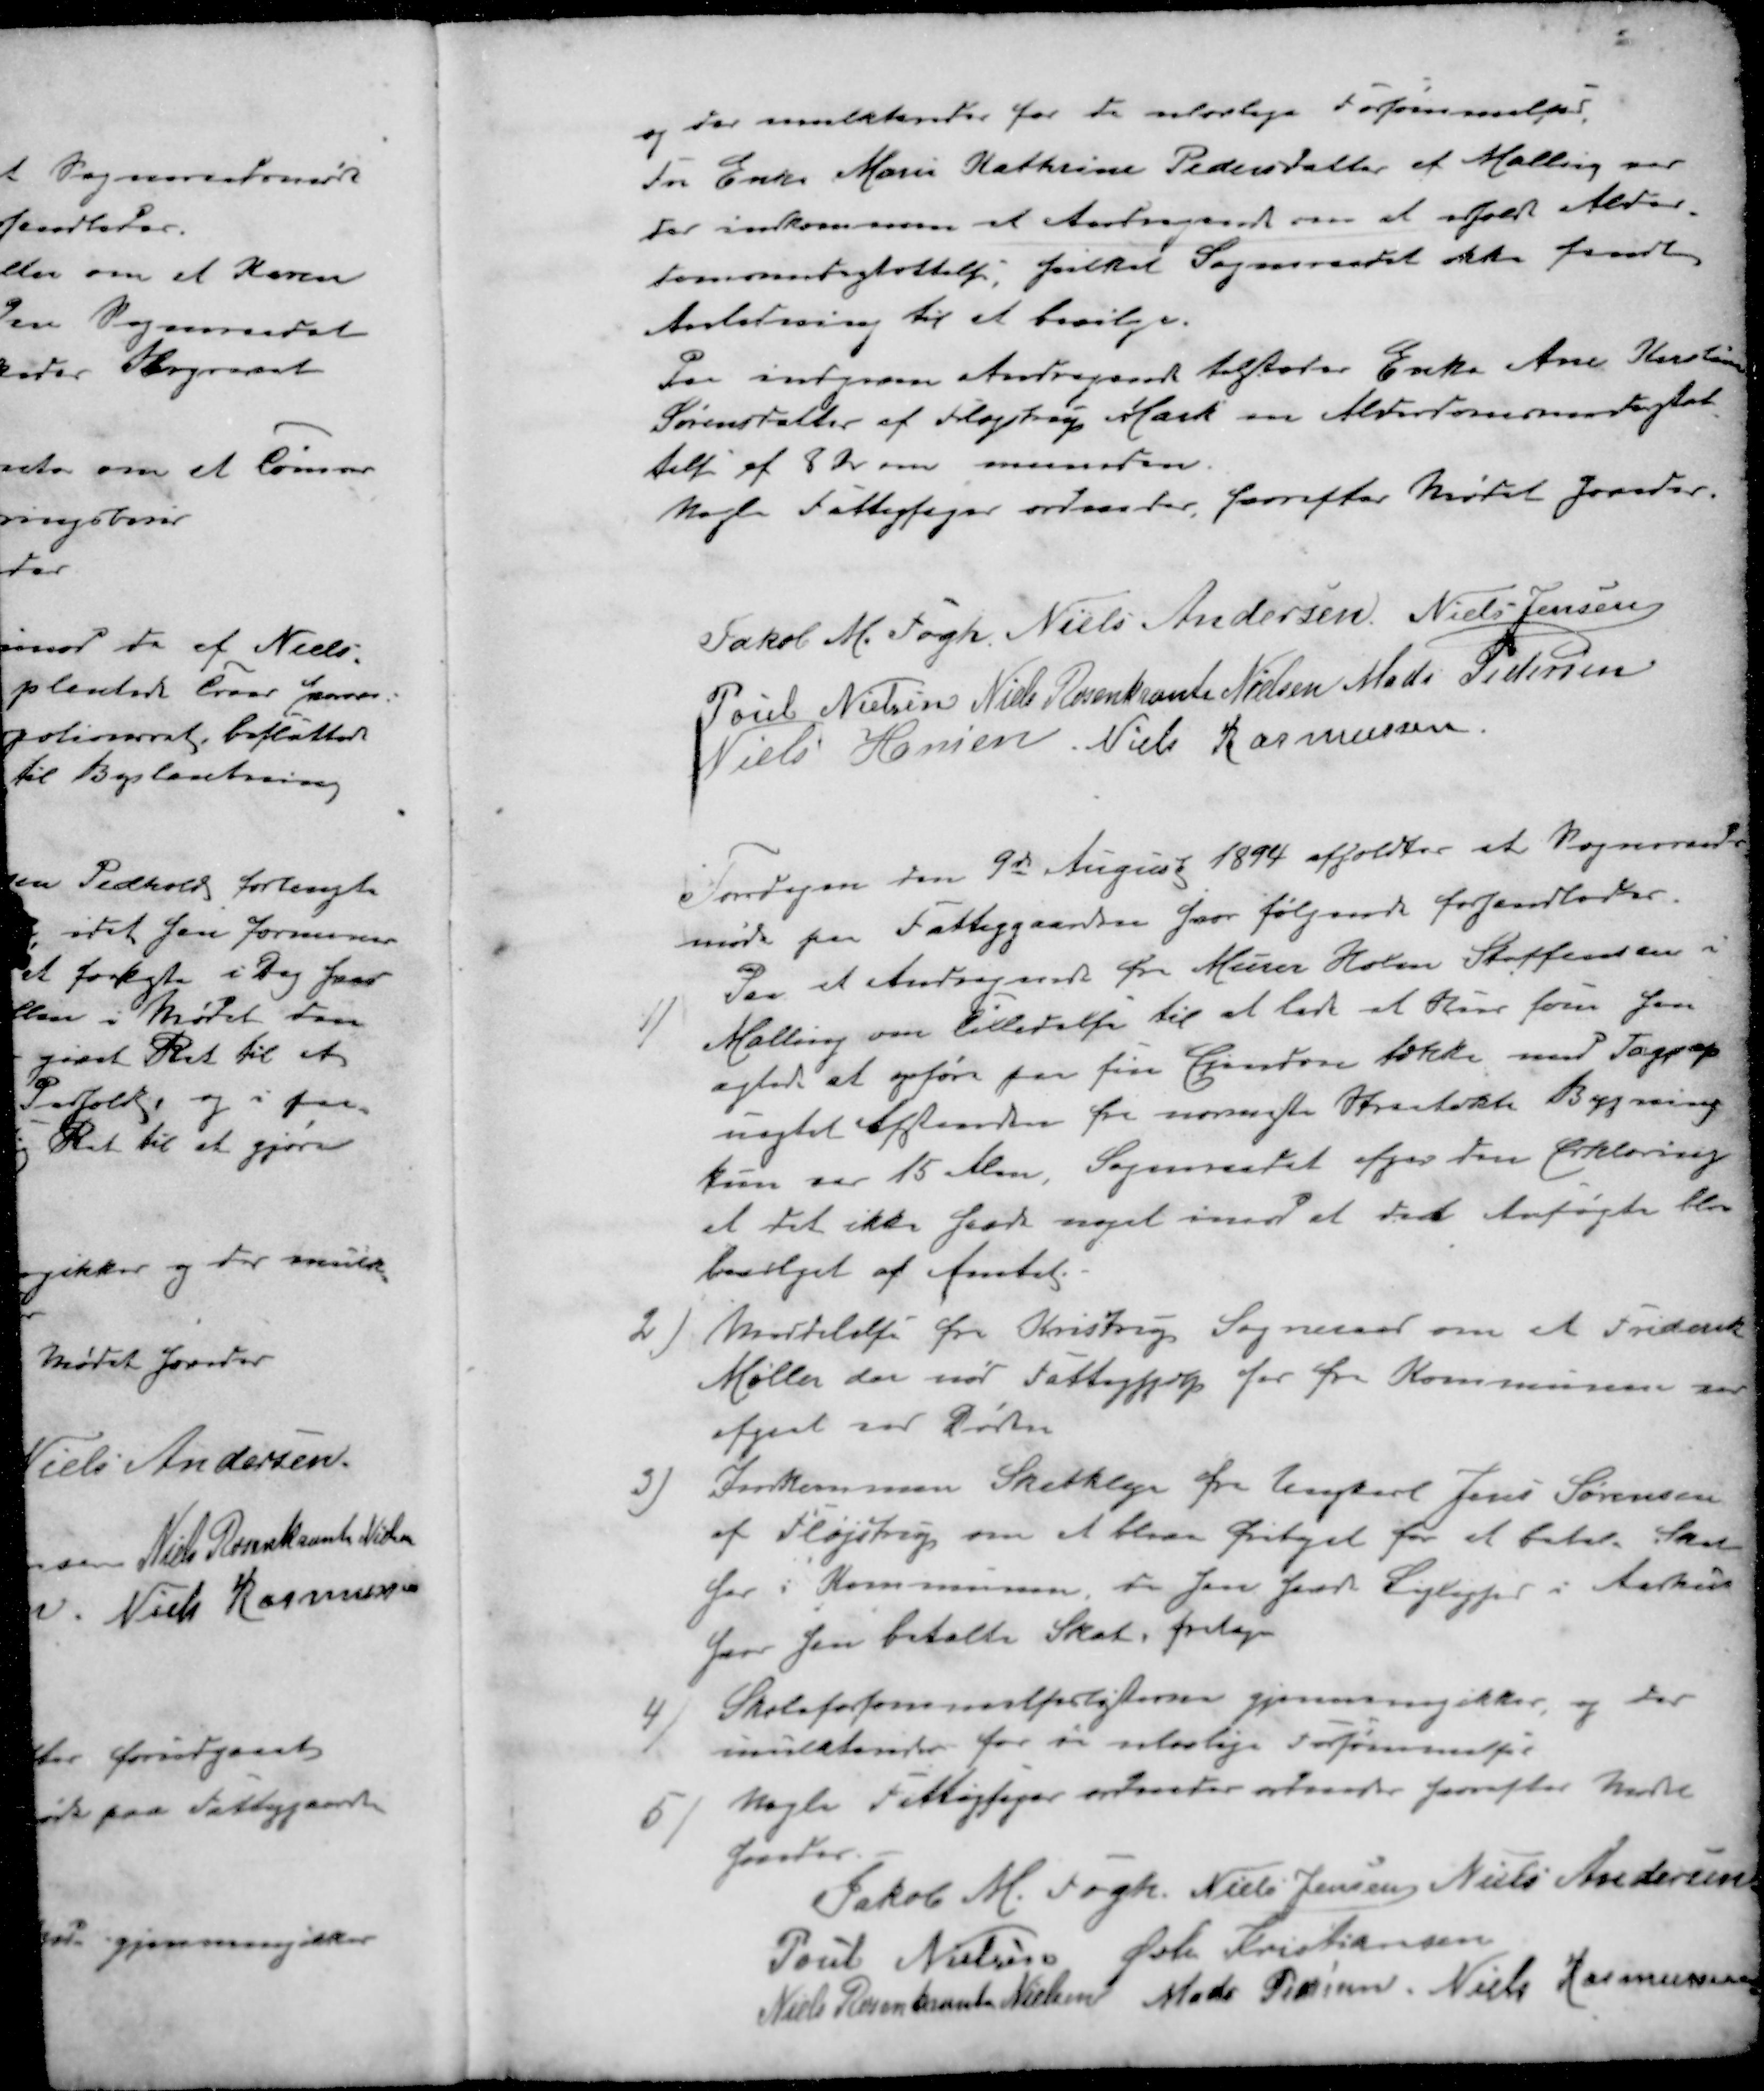
Transskription:
og der mulkteredes for de ulovlige Forsømmelse.
Fra Enke Marie Kathrine Pedersdatter af Malling ved
der indkommen et Andragende om at erholde Alder-
domsundestøttelse, hvilket Sogneraadet ikke fandt
Anledning til at bevilge.
Paa indgaaen Andragende tilstodes Enke Ane Kristensen
Sørensdatter af Fløjstrup Mark en Alderdomsunderstøt-
telse af 8 Kr om maaneden.
nogle Fattigsager ordnedes, hvorefter Mødet hævedes
Jakob M. Fogh
Niels Andersen
Niels Jensen
Poul Nielsen
Niels Rosenkrants Nielsen
Mads Pedersen
Niels Hansen
Niels Rasmussen
Torsdagen den 9d August 1894 afholdtes at Sogneraad
møde paa Fattiggaardsen, hvor følgende forhandledes.
1 ) Paa et Andragende fra Murer Holm Steffensen i
Malling om Tilladelse til at lade at Hus som han
agtede at opføre paa sin Ejendom tække med Tagpap
nægtet Afstanden fra nævnte Straatækte Bygning
kun var 15 Alen. Sogneraadet afgav den Erklæring
at det ikke havde noget imod at det Ansøgte blev
bevilget af Amtet
2 ) Meddelelse fra Kristrup Sogneraad om et Friderik
Møller der nød Fattighjælp her fra Kommunen var
afgaat ved Døren
3 ) Indkommen Skatklage fra Ungkarl Jens Sørensen
af Fløjstrup om at blive fritaget for et betale Skat
her i Kommunen da han har Lejlighed i Aarhus
hvor han betalte Skat fritages
4 ) Skoleforsømmelseslisterne gjennemgikkes, og der
mulkteredes for de ulovlige Forsømmelser
5 ) Nogle Fattigsager ordnedes ordnedes hvorefter Mødet
hævedes
Jakob M. Fogh
Niels Jensen
Niels Andersen
Poul Nielsen
Øvli Kristiansen
Niels Rosenkrants Nielsen
Mads Pedersen
Niels Rasmussen